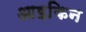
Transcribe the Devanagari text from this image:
आइकिन